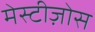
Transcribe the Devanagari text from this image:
मेस्टीज़ोस